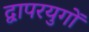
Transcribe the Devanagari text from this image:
द्वापरयुगों